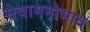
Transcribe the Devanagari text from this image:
सेवामनोभाव